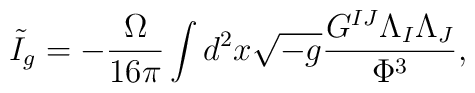
\tilde{I}_{g}=-\frac{\Omega }{16\pi }\int d^{2}x\sqrt{-g}\frac{G^{IJ}\Lambda_{I}\Lambda _{J}}{\Phi ^{3}},